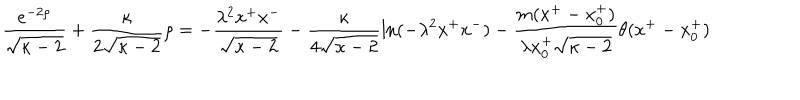
\frac { e ^ { - 2 \rho } } { \sqrt { \kappa - 2 } } + \frac { \kappa } { 2 \sqrt { \kappa - 2 } } \rho = - \frac { \lambda ^ { 2 } x ^ { + } x ^ { - } } { \sqrt { \kappa - 2 } } - \frac { \kappa } { 4 \sqrt { \kappa - 2 } } \ln ( - \lambda ^ { 2 } x ^ { + } x ^ { - } ) - \frac { m ( x ^ { + } - x _ { 0 } ^ { + } ) } { \lambda x _ { 0 } ^ { + } \sqrt { \kappa - 2 } } \theta ( x ^ { + } - x _ { 0 } ^ { + } )